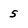
Character: 5